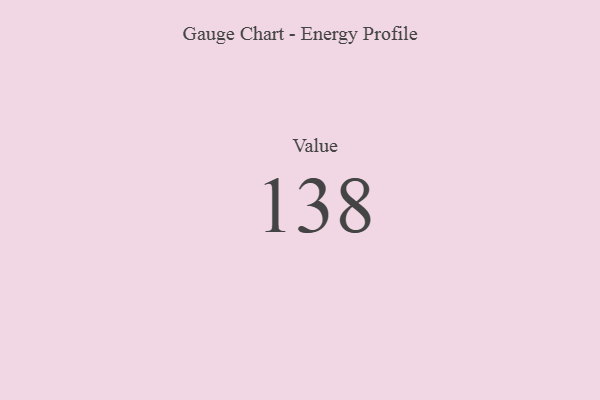
{"axis": {"x": "Metric", "y": "Value"}, "legend": [""], "data": [{"x": "Value", "y": 138, "type": ""}]}